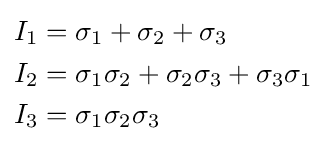
{\begin{aligned}I_{1}&=\sigma _{1}+\sigma _{2}+\sigma _{3}\\I_{2}&=\sigma _{1}\sigma _{2}+\sigma _{2}\sigma _{3}+\sigma _{3}\sigma _{1}\\I_{3}&=\sigma _{1}\sigma _{2}\sigma _{3}\\\end{aligned}}